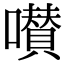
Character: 𡂐